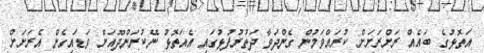
އަތޮޅުގެ ބައެއް ރަށްރަށަށް ކުރައްވަމުން ގެންދަވާ ދަތުރުފުޅުގައި އެއަތޮޅު ނޭކުރަންދޫއަށް ވަޑައިގެން އެރަށަށް